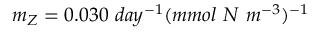
m _ { Z } = 0 . 0 3 0 ~ d a y ^ { - 1 } ( m m o l ~ N ~ m ^ { - 3 } ) ^ { - 1 }